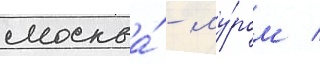
москва́ - му́ром /